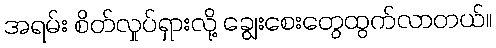
အရမ်း စိတ်လှုပ်ရှားလို့ ချွေးစေးတွေထွက်လာတယ်။